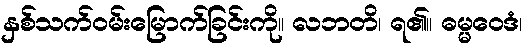
နှစ်သက်ဝမ်းမြောက်ခြင်းကို။ လဘတိ၊ ရ၏။ ဓမ္မဝေဒံ၊